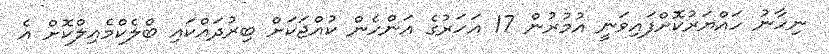
ނިހާނު ހައްޔަރުކޮށްފައިވަނީ އުމުރުން 17 އަހަރުގެ އަންހެން ކުއްޖަކަަށް ބިރުދައްކައި ބްލެކްމެއިލްކޮށް އެ